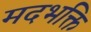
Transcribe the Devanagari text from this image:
मदभक्ति